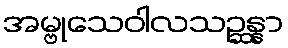
အမ္ဗုသေဝါလသဉ္ဆန္နာ